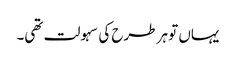
یہاں تو ہر طرح کی سہولت تھی۔